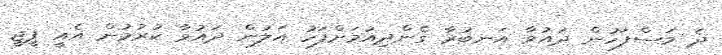
ދެ މަސްފަހުން ދައުވާ އަނބުރާ ގެންދިއުމަށްފަހު އަލުން ދައުވާ ކުރުމުން އެއީ ޕީޖީ